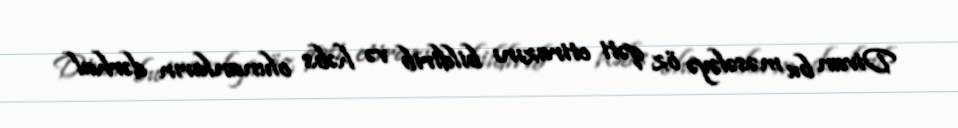
Divan bu məsələyə öz qəti etirazını bildirib və həbs olunanların dərhal